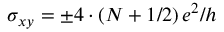
\sigma _ { x y } = \pm { 4 \cdot \left( N + 1 / 2 \right) e ^ { 2 } } / h